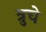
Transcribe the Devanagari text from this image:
त्रुचे